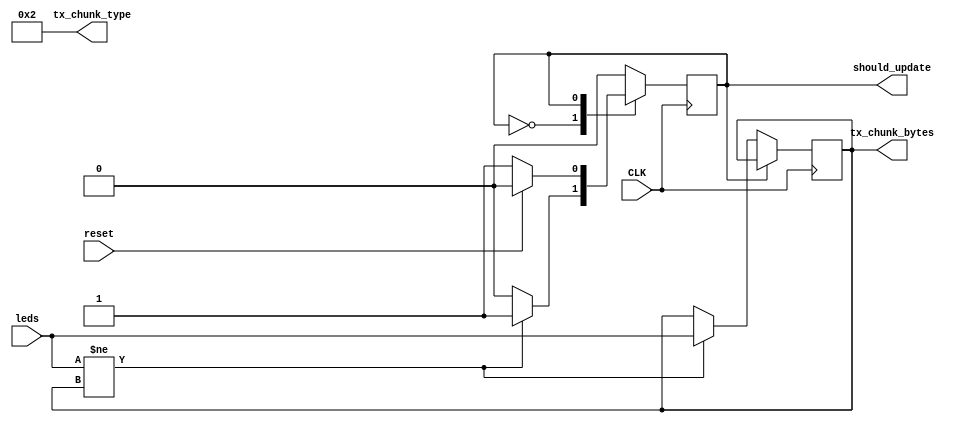
module v_leds #(
	parameter [7:0] INTERFACE_TX_CHUNK_TYPE = 2
)(
	// clock pin
	input CLK,

	// active led state
	input [7:0] leds,
	// signal to inform the user of this module that leds
	// have changed their value and should be updated i.e. sent out over UART 
	output should_update,
	// the value that the leds have been updated to
	output [7:0] tx_chunk_type,
	output [7:0] tx_chunk_bytes,
	// signal to tell this module "the leds have been updated, chill out"
	input reset
);
	// What's the last updated value of LEDs
	reg [7:0] r_last_leds = 0;
	// Should we update and send out the value of LEDs again?
	reg [7:0] r_should_update = 1;
	// The TX chunk type
	reg [7:0] r_tx_chunk_type = INTERFACE_TX_CHUNK_TYPE;

	// An FSM to receive leds and send them out over UART when they're changed
	parameter R_VLEDS_STATE_SIZE = 1;
	parameter R_VLEDS_IDLE = 0;
	parameter R_VLEDS_SHOULD_UPDATE = 1;
	reg [R_VLEDS_STATE_SIZE - 1:0] r_vleds_state = R_VLEDS_SHOULD_UPDATE;
 
	always @(posedge CLK)
	begin
		case (r_vleds_state)
			R_VLEDS_IDLE: begin
				if (leds != r_last_leds) begin
					r_last_leds <= leds;
					r_vleds_state <= R_VLEDS_SHOULD_UPDATE; 
				end
			end
			R_VLEDS_SHOULD_UPDATE: begin
				if (reset) begin
					r_vleds_state <= R_VLEDS_IDLE;
				end
			end
		endcase
	end

	// Outputs
	assign should_update = r_vleds_state == R_VLEDS_SHOULD_UPDATE;
	assign tx_chunk_type = r_tx_chunk_type;
	assign tx_chunk_bytes = r_last_leds;
endmodule